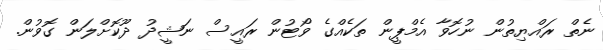
ނެތް ރައްޔިތުން ނުހޮވާ އެމްޕީން ތަކެއްގެ ވޯޓުން ރައީސް ނަޝީދު ދޫކޮށްލަން ގޮވުން.